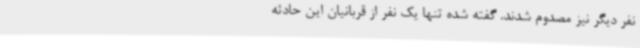
نفر دیگر نیز مصدوم شدند. گفته شده تنها یک نفر از قربانیان این حادثه